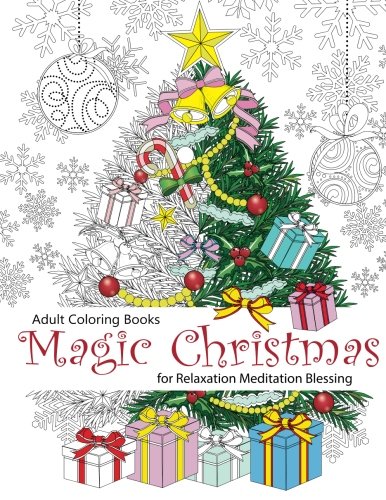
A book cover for Adult Coloring Book: Magic Christmas : for Relaxation Meditation  Blessing (Volume 8); Cherina Kohey; Humor & Entertainment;